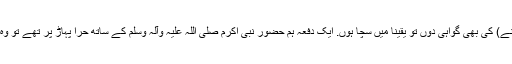
میں نو افراد کی گواہی دیتا ہوں کہ وہ جنتی ہیں اور اگر میں دسویں شخص (کے جنتی ہونے) کی بھی گواہی دوں تو یقینا میں سچا ہوں. ایک دفعہ ہم حضور نبی اکرم صلی اللہ علیہ وآلہ وسلم کے ساتھ حرا پہاڑ پر تھے تو وہ (مارے خوشی کے) تھرتھرانے لگا تو آپ صلی اللہ علیہ وآلہ وسلم نے فرمایا : اے حرا!